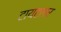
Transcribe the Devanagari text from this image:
टायटलर